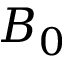
B _ { 0 }